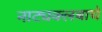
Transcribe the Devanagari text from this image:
नाट्यक्लबाचे